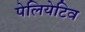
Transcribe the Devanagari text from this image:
पेलियेटिव